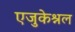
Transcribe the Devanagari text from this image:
एजुकेश्नल